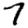
Digit: 7